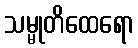
သမ္မုတိထေရော